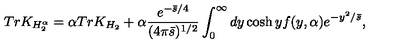
T r K _ { H _ { 2 } ^ { \alpha } } = \alpha T r K _ { H _ { 2 } } + \alpha { \frac { e ^ { - { \bar { s } / 4 } } } { ( 4 \pi \bar { s } ) ^ { 1 / 2 } } } \int _ { 0 } ^ { \infty } d y \cosh y f ( y , \alpha ) e ^ { - { y ^ { 2 } / \bar { s } } } ,